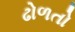
ઢોળતો